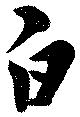
白